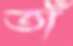
তাঁ